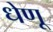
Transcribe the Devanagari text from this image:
धेणू